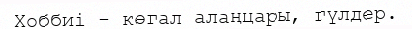
Хоббиі - көгал алаңцары, гүлдер.